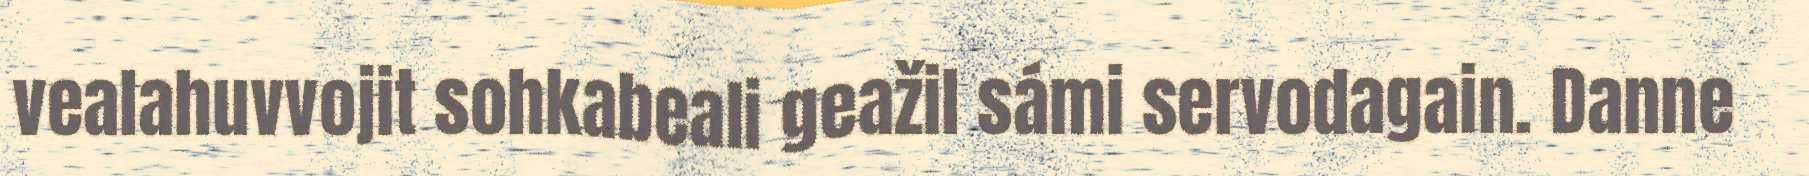
vealahuvvojit sohkabeali geažil sámi servodagain. Danne